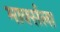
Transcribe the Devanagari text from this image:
मार्क्‍सला